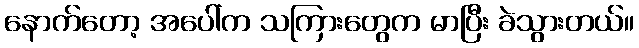
နောက်တော့ အပေါ်က သကြားတွေက မာပြီး ခဲသွားတယ်။